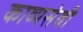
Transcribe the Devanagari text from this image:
काव्यसेवी